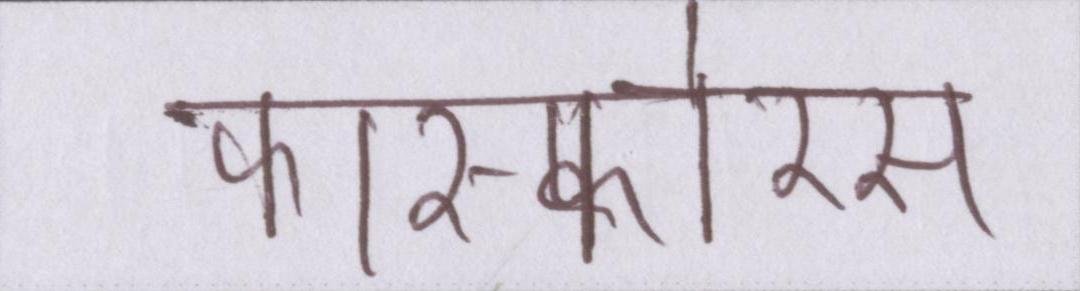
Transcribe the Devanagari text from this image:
फास्फोरस